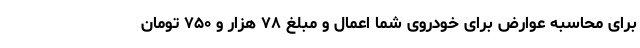
برای محاسبه عوارض برای خودروی شما اعمال و مبلغ ۷۸ هزار و ۷۵۰ تومان